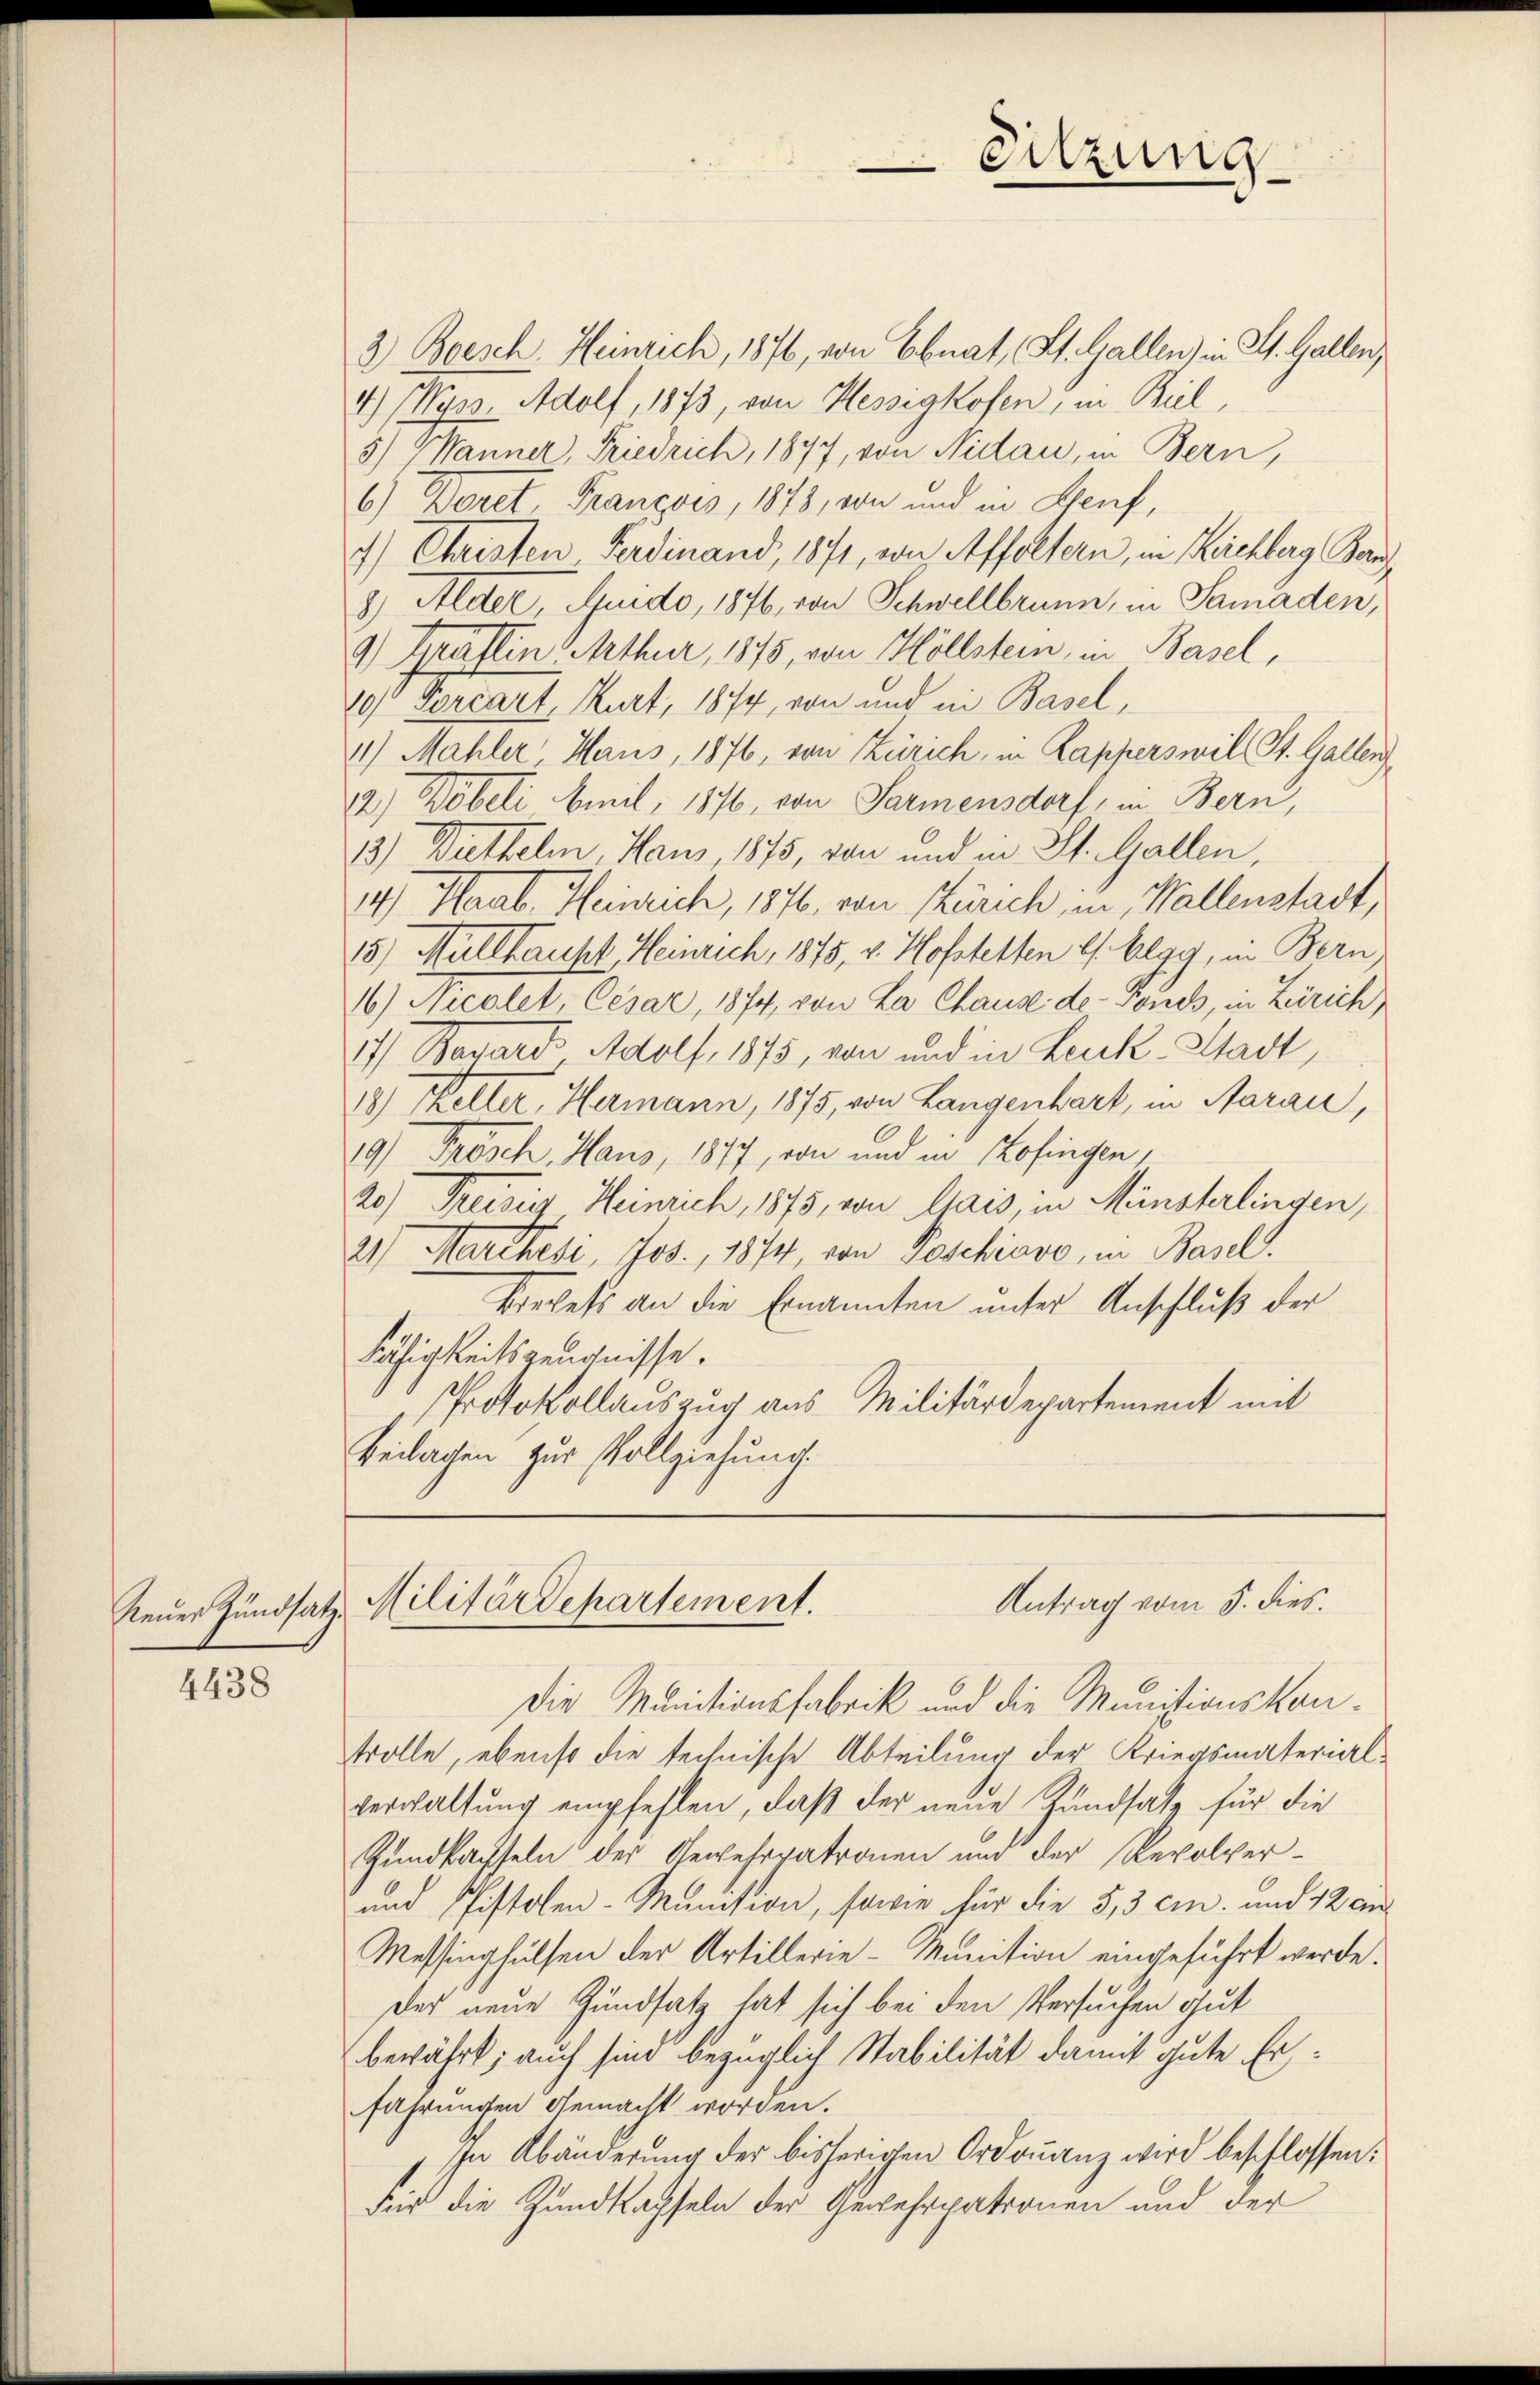
4438

Sitzung
—

2) Besch. Heinrich, 1876, von Ebnat, St. Gallen) in St. Gallen,
4 Adolf, 1873, von Hessegkofen, in Beil,
5) Manner, Friedrich, 1877, von Nidau, in Bern,
6.) Deret, Franzoes, 1878, von und in Genf,
4.) Christen Ferdinand, 1871, was Affoltern, in Reichberg Band
8) Alder, Quido, 1876, von Schwellbrunn, in Samaden,
4) Gräfin Arthur, 1875, von Höllstein, in Basel,
10 Porcart, Kurt, 1874, von und in Basel,
4) Mahler Haus, 1876, von Zürich, in Kapperswil St. Gallen
12) Wobeli Amil, 1876, von Sarmensdorf, in Bern,
13) Diethelm, Haus 1875, von und in St. Gallen,
14). Haab. Heinrich, 1876, von Zürich in Wallenstadt,
15.) Müllhaust Heinrich, 1875, v. Hofstetten lt. Elgg, in Bern
16) Nicolet, Cesar, 1874, von La Chause de Poisch, in Zürich
17 Bavard Adolf, 1875, von und in Leuk-Stadt,
18) Keller, Hermann, 1875, von Langenhart, in Aarau,
19) Frosch, Haus, 1877, von und in Kofingen,
20 Preisig Heinrich, 1875, von Mais, in Münsterlingen,
21) Marthesi, Jos., 1874, von Beschiavo, in Basel.
krechets an die Ernannten unter Anschluß der
Fähigkeitszeugnisse.
Protokollauszug aus Militärdepartement mit
Beilagen zur Vollziehung.

Antrag vom 5. dies.
Neŭer Zŭndsatz, Militärdepartement.

Die Munitionsfabrik und die Munitionskontrolle, ebenso die technische Abteilung der Kriegsmaterial-
verwaltung empfehlen, daß der neue Zundsatz für die
Zundkachseln der Gewehrpatronen und der Revolver¬
und Pistolen-Munition, sowie für die 5,3 ein und 12 ein
Messinghulsen der Artillerie-Munition eingeführt werde.
Der neue Zundsatz hat sich bei den Versuchen gut
bewährt; auch sind bezüglich Stabilität damit gute Erfahrungen gemacht worden.
In Abänderung der bisherigen Ordonanz wird beschlossen:
Für die Zundkachseln der Gewehrpationen und der